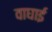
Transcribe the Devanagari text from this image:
वाघाई